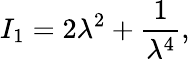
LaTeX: I_{1}=2\lambda^{2}+\frac{1}{\lambda^{4}},